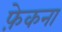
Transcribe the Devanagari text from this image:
फ़ेकना